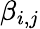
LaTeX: \beta_{i,j}